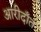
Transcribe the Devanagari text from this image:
आरीदाँत